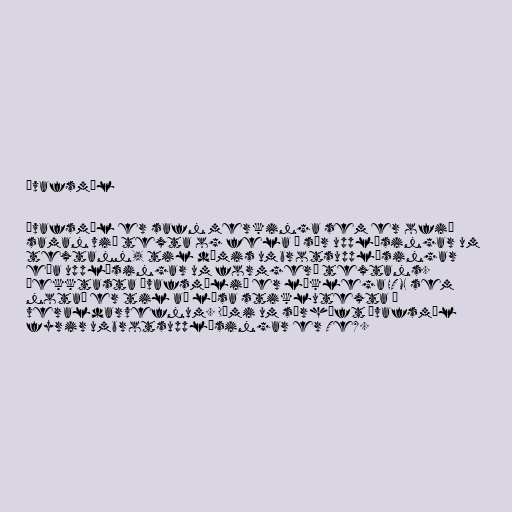
Ívafsmál

Ívafsmál er safn merkinga sem er ofið
saman við texta og fela í sér upplýsingar um
textann, til dæmis umbrotsupplýsingar
eða upplýsingar um formgerð textans.
Þekktasta ívafsmálið er líklega HTML sem
notað er til að lýsa stiklutexta á
veraldarvefnum. Dæmi um sérhæft ívafsmál
fyrir umbrotsupplýsingar er TeX.